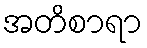
အတိစာရာ